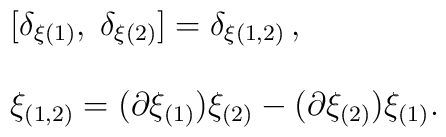
\\\begin{array}{cl} &{[}\delta_{\xi(1)},\;\delta_{\xi(2)}{]}=\delta_{\xi(1,2)}\,,\\ \\ &\xi_{(1,2)}=(\partial\xi_{(1)})\xi_{(2)}-(\partial\xi_{(2)})\xi_{(1)}. \nonumber\end{array}